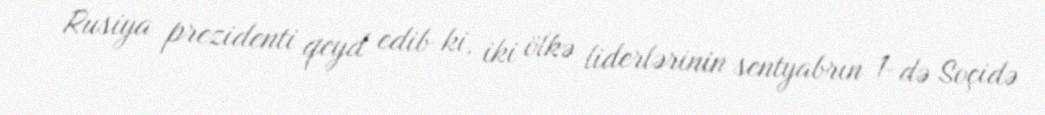
Rusiya prezidenti qeyd edib ki, iki ölkə liderlərinin sentyabrın 1-də Soçidə